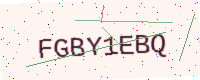
Text: FGBY1EBQ